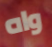
واه